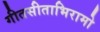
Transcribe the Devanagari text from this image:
गीतसीताभिरामो